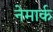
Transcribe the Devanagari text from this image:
नेमार्क